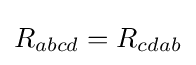
R_{abcd}=R_{cdab}